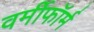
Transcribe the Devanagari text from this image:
वर्मीफॉर्म